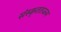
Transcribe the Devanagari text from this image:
संस्कृततज्ज्ञ